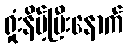
ရှုံးနိမ့်ပြီးနောက်